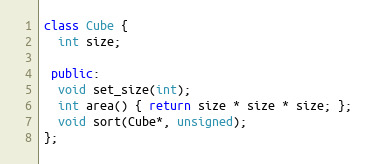
Language: C++
class Cube {
  int size;

 public:
  void set_size(int);
  int area() { return size * size * size; };
  void sort(Cube*, unsigned);
};